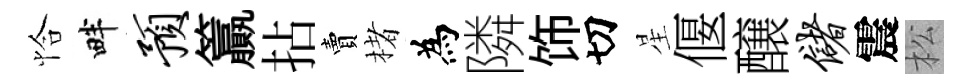
恰畔预籯拈賣楮為隣饰切星偃醸储震松